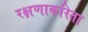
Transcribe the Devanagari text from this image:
रक्षणाकरिता